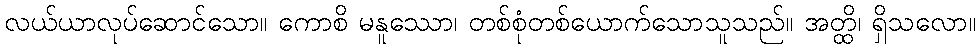
လယ်ယာလုပ်ဆောင်သော။ ကောစိ မနူဿော၊ တစ်စုံတစ်ယောက်သောသူသည်။ အတ္ထိ၊ ရှိသလော။